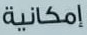
إمكانية